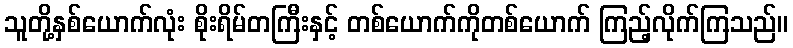
သူတို့နှစ်ယောက်လုံး စိုးရိမ်တကြီးနှင့် တစ်ယောက်ကိုတစ်ယောက် ကြည့်လိုက်ကြသည်။